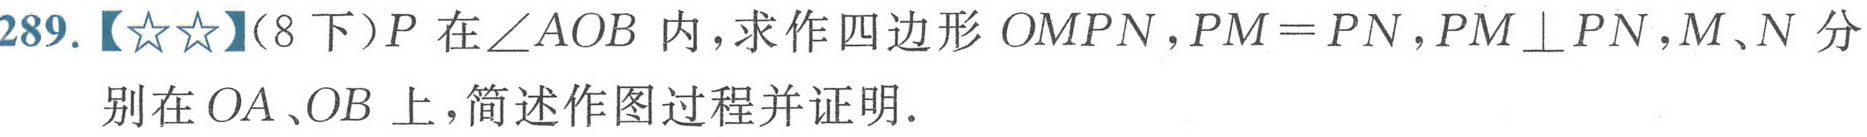
289.【★★】(8下)\(P\)在\(\angle AOB\)内，求作四边形\(OMPN\)，\(PM = PN\)，\(PM\perp PN\)，\(M、N\)分别在\(OA、OB\)上，简述作图过程并证明.